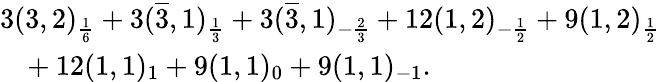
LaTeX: \begin{array}{l}{{3(3,2)_{\frac{1}{6}}+3(\overline{{{3}}},1)_{\frac{1}{3}}+3(\overline{{{3}}},1)_{-\frac{2}{3}}+12(1,2)_{-\frac{1}{2}}+9(1,2)_{\frac{1}{2}}}}\\ {{\ \ \ +12(1,1)_{1}+9(1,1)_{0}+9(1,1)_{-1}.}}\end{array}